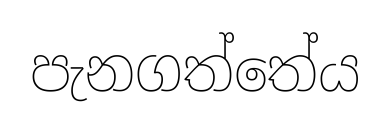
පැනගත්තේය